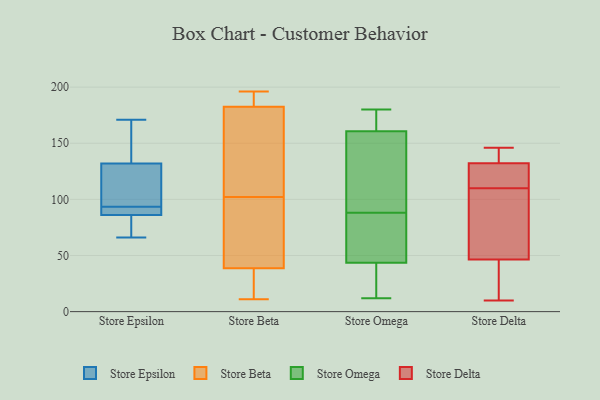
{"axis": {"x": "Waste Production (Tons)", "y": "Value"}, "legend": ["Store Beta", "Store Delta", "Store Epsilon", "Store Omega"], "data": [{"x": "", "y": 96, "type": "Store Epsilon"}, {"x": "", "y": 132, "type": "Store Epsilon"}, {"x": "", "y": 88, "type": "Store Epsilon"}, {"x": "", "y": 113, "type": "Store Epsilon"}, {"x": "", "y": 69, "type": "Store Epsilon"}, {"x": "", "y": 171, "type": "Store Epsilon"}, {"x": "", "y": 86, "type": "Store Epsilon"}, {"x": "", "y": 91, "type": "Store Epsilon"}, {"x": "", "y": 66, "type": "Store Epsilon"}, {"x": "", "y": 159, "type": "Store Epsilon"}, {"x": "", "y": 182, "type": "Store Beta"}, {"x": "", "y": 11, "type": "Store Beta"}, {"x": "", "y": 160, "type": "Store Beta"}, {"x": "", "y": 35, "type": "Store Beta"}, {"x": "", "y": 114, "type": "Store Beta"}, {"x": "", "y": 23, "type": "Store Beta"}, {"x": "", "y": 54, "type": "Store Beta"}, {"x": "", "y": 191, "type": "Store Beta"}, {"x": "", "y": 102, "type": "Store Beta"}, {"x": "", "y": 29, "type": "Store Beta"}, {"x": "", "y": 97, "type": "Store Beta"}, {"x": "", "y": 184, "type": "Store Beta"}, {"x": "", "y": 40, "type": "Store Beta"}, {"x": "", "y": 186, "type": "Store Beta"}, {"x": "", "y": 156, "type": "Store Beta"}, {"x": "", "y": 79, "type": "Store Beta"}, {"x": "", "y": 196, "type": "Store Beta"}, {"x": "", "y": 48, "type": "Store Omega"}, {"x": "", "y": 60, "type": "Store Omega"}, {"x": "", "y": 42, "type": "Store Omega"}, {"x": "", "y": 12, "type": "Store Omega"}, {"x": "", "y": 82, "type": "Store Omega"}, {"x": "", "y": 157, "type": "Store Omega"}, {"x": "", "y": 162, "type": "Store Omega"}, {"x": "", "y": 154, "type": "Store Omega"}, {"x": "", "y": 146, "type": "Store Omega"}, {"x": "", "y": 179, "type": "Store Omega"}, {"x": "", "y": 39, "type": "Store Omega"}, {"x": "", "y": 125, "type": "Store Omega"}, {"x": "", "y": 88, "type": "Store Omega"}, {"x": "", "y": 180, "type": "Store Omega"}, {"x": "", "y": 52, "type": "Store Omega"}, {"x": "", "y": 175, "type": "Store Omega"}, {"x": "", "y": 14, "type": "Store Omega"}, {"x": "", "y": 25, "type": "Store Omega"}, {"x": "", "y": 164, "type": "Store Omega"}, {"x": "", "y": 114, "type": "Store Delta"}, {"x": "", "y": 110, "type": "Store Delta"}, {"x": "", "y": 94, "type": "Store Delta"}, {"x": "", "y": 146, "type": "Store Delta"}, {"x": "", "y": 10, "type": "Store Delta"}, {"x": "", "y": 142, "type": "Store Delta"}, {"x": "", "y": 138, "type": "Store Delta"}, {"x": "", "y": 115, "type": "Store Delta"}, {"x": "", "y": 75, "type": "Store Delta"}, {"x": "", "y": 32, "type": "Store Delta"}, {"x": "", "y": 37, "type": "Store Delta"}]}